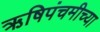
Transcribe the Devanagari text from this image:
ऋषिपंचमीच्या